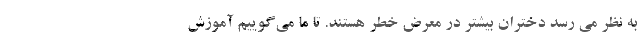
به نظر می رسد دختران بیشتر در معرض خطر هستند. تا ما می‌گوییم آموزش